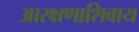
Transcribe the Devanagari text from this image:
आरक्षणाशिवाय